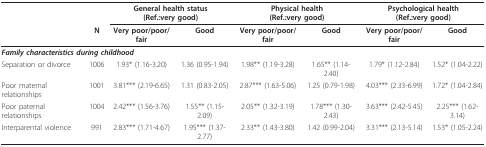
<table><thead><tr><td></td><td></td><td colspan="2"><b>General health status (Ref.:very good)</b></td><td colspan="2"><b>Physical health (Ref.:very good)</b></td><td colspan="2"><b>Psychological health (Ref.:very good)</b></td></tr><tr><td></td><td><b>N</b></td><td><b>Very poor/poor/fair</b></td><td><b>Good</b></td><td><b>Very poor/poor/fair</b></td><td><b>Good</b></td><td><b>Very poor/poor/fair</b></td><td><b>Good</b></td></tr></thead><tbody><tr><td colspan="8"><b><i>Family characteristics during childhood </i></b></td></tr><tr><td>Separation or divorce</td><td>1006</td><td>1.93* (1.16-3.20)</td><td>1.36 (0.95-1.94)</td><td>1.98** (1.19-3.28)</td><td>1.65** (1.14-2.40)</td><td>1.79* (1.12-2.84)</td><td>1.52* (1.04-2.22)</td></tr><tr><td>Poor maternal relationships</td><td>1001</td><td>3.81*** (2.19-6.65)</td><td>1.31 (0.83-2.05)</td><td>2.87*** (1.63-5.06)</td><td>1.25 (0.79-1.98)</td><td>4.03*** (2.33-6.99)</td><td>1.72* (1.04-2.84)</td></tr><tr><td>Poor paternal relationships</td><td>1004</td><td>2.42*** (1.56-3.76)</td><td>1.55** (1.15-2.09)</td><td>2.05** (1.32-3.19)</td><td>1.78*** (1.30-2.43)</td><td>3.63*** (2.42-5.45)</td><td>2.25*** (1.62-3.14)</td></tr><tr><td>Interparental violence</td><td>991</td><td>2.83*** (1.71-4.67)</td><td>1.95*** (1.37-2.77)</td><td>2.33** (1.43-3.80)</td><td>1.42 (0.99-2.04)</td><td>3.31*** (2.13-5.14)</td><td>1.53* (1.05-2.24)</td></tr></tbody></table>